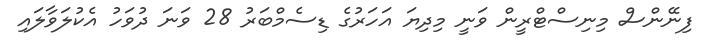
ފިނޭންސް މިނިސްޓްރީން ވަނީ މިދިޔަ އަހަރުގެ ޑިސެމްބަރު 28 ވަނަ ދުވަހު އެކުލަވާލައި